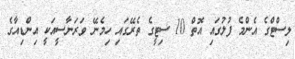
ލިސްޓްގެ އެންމެ ފުލުގައި އޮތް 10 ސިޓީގެ ތެރޭގައި ހިމެނޭ ވަރަނާސީއަކީ އިންޑިއާގެ